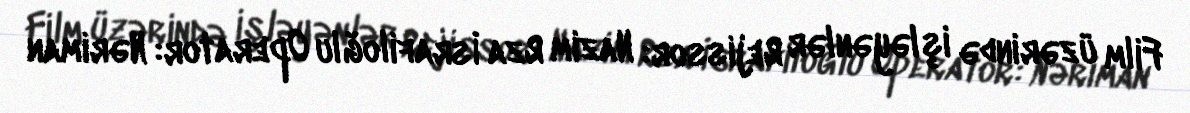
Film üzərində işləyənlər Rejissor: Nazim Rza İsrafiloğlu Operator: Nəriman